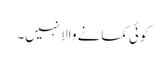
کوئی کمانے والا نہیں۔